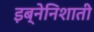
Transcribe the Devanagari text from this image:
इब्नेनिशाती